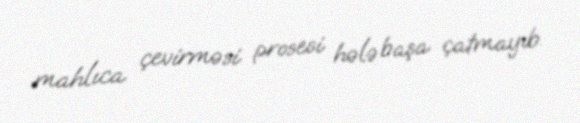
mahlıca çevirməsi prosesi hələ başa çatmayıb.